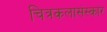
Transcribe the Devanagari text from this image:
चित्रकलासंस्कार